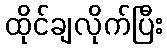
ထိုင်ချလိုက်ပြီး